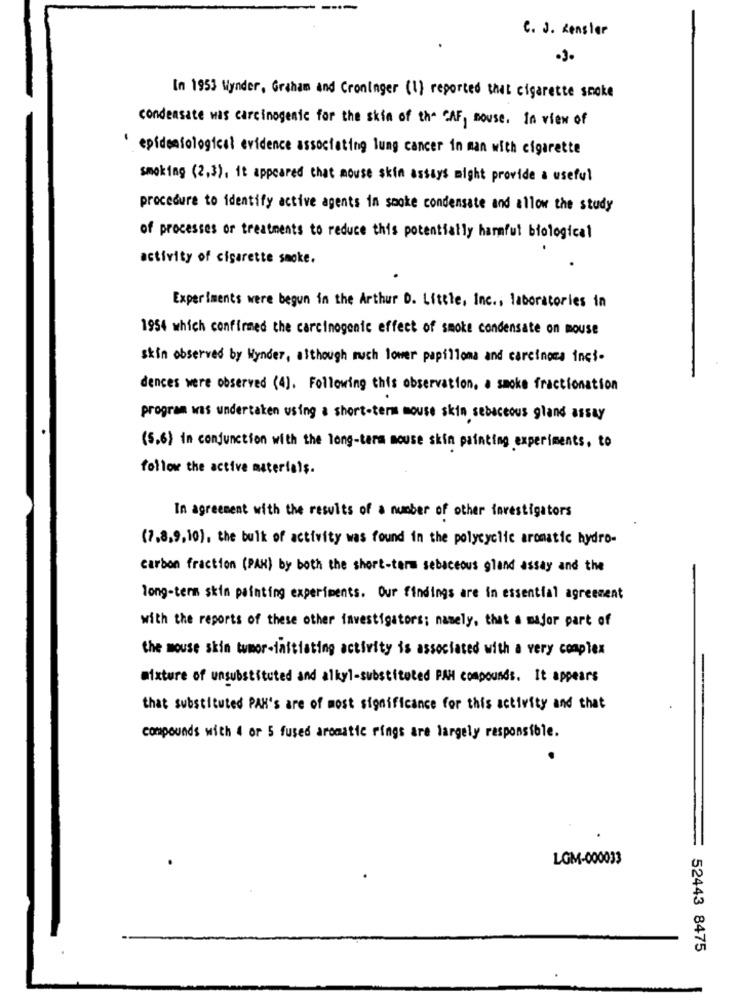
C. J. Renster
In 1953 Mynder, Graham and Croninger (1) reported that cigarette smoke
condensate was carcinogenic for the skin of the CAF, souse. In view of
' epidemiological evidence associating lung cancer in man with cigarette
smoking (2,3), it appeared that mouse skin assays might provide a useful
procedure to identify active agents in smoke condensate and allow the study
of processes or treatments to reduce this potentially harmful biological
activity of cigarette smoke.
Experiments were begun in the Arthur D. Little, Inc ., laboratories in
1954 which confirmed the carcinogenic effect of smoke condensate on mouse
skin observed by Wynder, although much lower papilloma and carcinoma inci-
dences were observed (4). Following this observation, a smoke fractionation
program was undertaken using a short-term mouse skin sebaceous gland assay
(5.6) in conjunction with the long-term mouse skin painting experiments, to
follow the active materials.
In agreement with the results of a number of other investigators
(7,8,9,10), the bulk of activity was found in the polycyclic aromatic hydro-
carbon fraction (PAK) by both the short-term sebaceous gland assay and the
long-term skin painting experiments. Our findings are in essential agreement
with the reports of these other investigators; namely, that a major part of
the mouse skin tumor-initiating activity is associated with a very complex
mixture of unsubstituted and alkyl-substituted PAH compounds. It appears
that substituted PAH's are of most significance for this activity and that
compounds with 4 or 5 fused aromatic rings are largely responsible.
LGM-000033
52443 8475